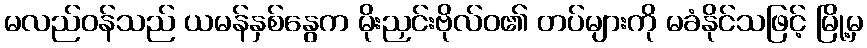
မလည်ဝန်သည် ယမန်နှစ်နွေက မိုးညှင်းဗိုလ်ဝ၏ တပ်များကို မခံနိုင်သဖြင့် မြို့မှ